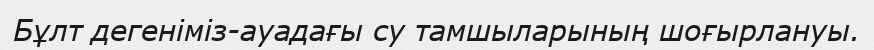
Бұлт дегеніміз-ауадағы су тамшыларының шоғырлануы.